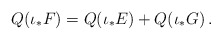
\begin{align*}{Q}(\iota_*{F})={Q}(\iota_*{E})+{Q}(\iota_*{G})\,.\end{align*}